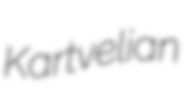
Kartvelian